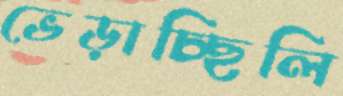
ভেড়াচ্ছিলি